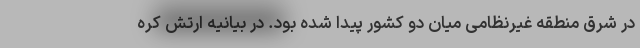
در شرق منطقه غیرنظامی میان دو کشور پیدا شده بود. در بیانیه ارتش کره